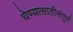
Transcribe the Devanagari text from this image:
घेण्यासाठीसंपूर्ण